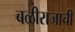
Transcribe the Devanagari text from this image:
बळीराजाची